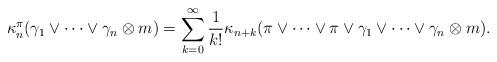
LaTeX: \begin{align*} \kappa^\pi_n(\gamma_1\vee \cdots \vee \gamma_n\otimes m)=\sum_{k=0}^\infty \frac{1}{k!}\kappa_{n+k}(\pi\vee \cdots\vee \pi \vee \gamma_1 \vee \cdots \vee \gamma_n \otimes m).\end{align*}